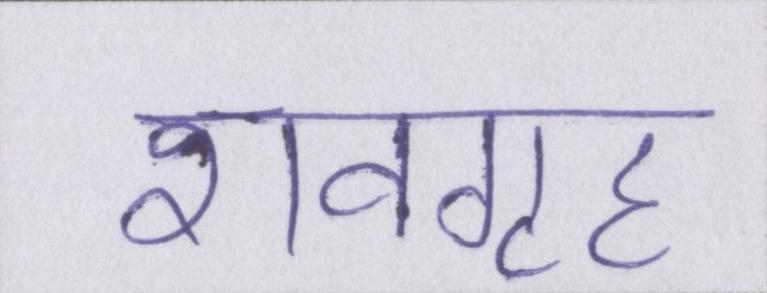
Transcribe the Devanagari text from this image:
शवगृह